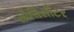
સોલિસીટર